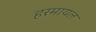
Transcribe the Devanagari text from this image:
हरमायल